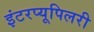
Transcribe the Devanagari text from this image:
इंटरप्यूपिलरी